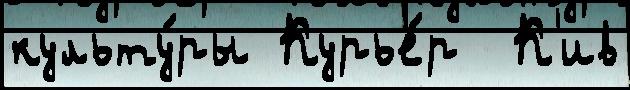
культу́ры Курье́р  К'ив